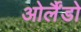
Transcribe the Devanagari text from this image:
ओर्लैंडो